Annual report of the Punjab Veterinary College and of the Civil Veterinary Department, Punjab - 1909-1919
Year: 1909
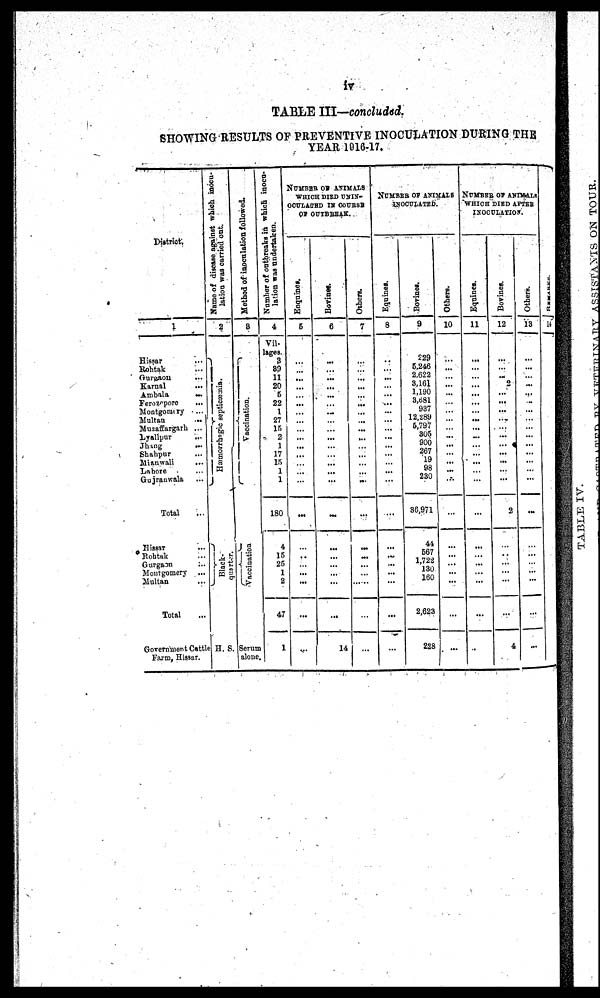
iv
TABLE III—concluded.
SHOWING RESULTS OF PREVENTIVE INOCULATION DURING THE
YEAR 1916-17.
District.
1
Hissar
...
Rohtak ...
Gureaon ...
Karnal ...
Ambala
...
Ferozepore
...
Montgomary
...
Multan
...
Muzaffargarh ...
Lyallpur ...
jhang
...
Shahpur ...
Mianwali
...
Lahore ...
Gujranwala ...
Total ...
Hissar ...
Rohtak ...
Gurgaon
...
Montgomery ...
Multan ...
Total ...
Government Cattle
Farm, Hissar.
Name of disease against which inocu-
lation was carried out.
2
Hæmorrhagic septicaemia.
Black-
quarter.
H. S.
Method of inoculation followed.
3
Vaccination.
Vaccination
Serum
alone.
Number of outbreaks in which inocu-
lation was undertaken.
4
Vil-
lages.
3
89
11
20
6
22
1
27
15
2
1
17
15
1
1
180
4
15
25
1
2
47
1
NUMBER OF ANIMALS
WHICH DIED UNIN-
OCULATED IN COURSE
OF OUTBREAK.
Enqaines.
5
...
...
...
...
...
...
...
...
...
...
...
...
...
...
...
...
...
...
...
...
...
...
...
Bovines.
6
...
...
...
...
...
...
...
...
...
...
...
...
...
...
...
...
...
...
...
...
...
...
14
Others.
7
...
...
...
...
...
...
...
...
...
...
...
...
...
...
...
...
...
...
...
...
...
...
...
NUMBER OF ANIMALS
INOCULATED.
Equine*.
8
...
...
...
...
...
...
...
...
...
...
...
...
...
...
...
...
...
...
...
...
...
...
...
Bovine*.
9
229
5,246
2,622
3,161
1,190
3,681
937
12,289
6,797
305
900
267
19
98
230
36,971
44
567
1,722
130
160
2,623
228
Others.
10
...
...
...
...
...
...
...
...
...
...
...
...
...
...
...
...
...
...
...
...
...
...
NUMBER OF ANIMALS
WHICH DIED AFTER
INOCULATION.
Equines.
11
...
...
...
...
...
...
...
...
...
...
...
...
...
...
...
...
...
...
...
...
...
...
...
Bovines.
12
...
...
...
2
...
...
...
....
...
...
...
...
...
...
...
2
...
...
...
...
...
...
4
Others.
13
...
...
...
...
...
...
...
...
...
...
...
...
...
...
...
...
...
...
...
...
...
...
...
REMARKS.
14